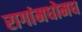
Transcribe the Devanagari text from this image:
रागांमधोमध